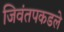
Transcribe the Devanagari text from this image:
जिवंतपकडले